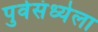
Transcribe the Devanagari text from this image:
पुर्वसंध्येला